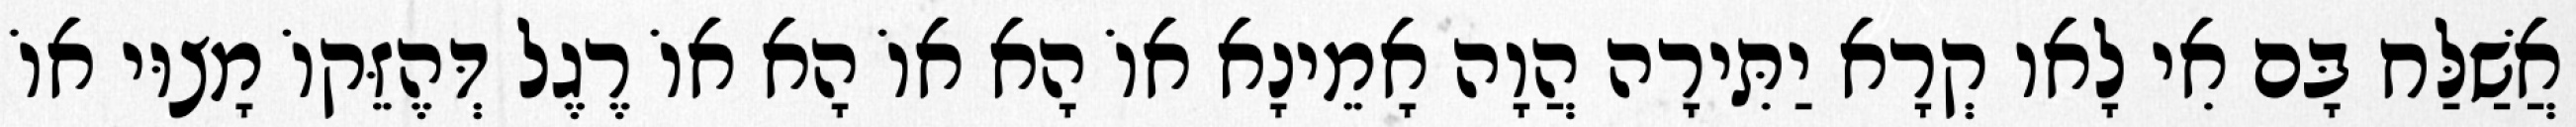
אֲשַׁלַּח בָּם אִי לָאו קְרָא יַתִּירָה הֲוָה אָמֵינָא אוֹ הָא אוֹ הָא אוֹ רֶגֶל דְּהֶזֵּקוֹ מָצוּי אוֹ